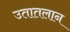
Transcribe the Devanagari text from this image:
उतातलान